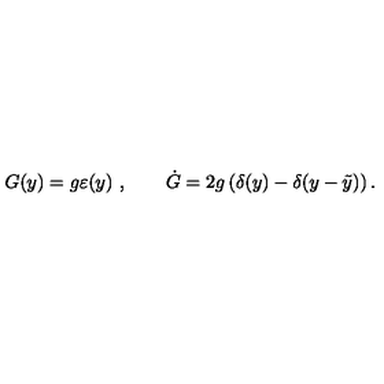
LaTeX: G ( y ) = g \varepsilon ( y ) \ , \qquad \dot { G } = 2 g \left( \delta ( y ) - \delta ( y - \tilde { y } ) \right) .